Vaccination in the Punjab 1897-1904 - 1897-1904
Year: 1897
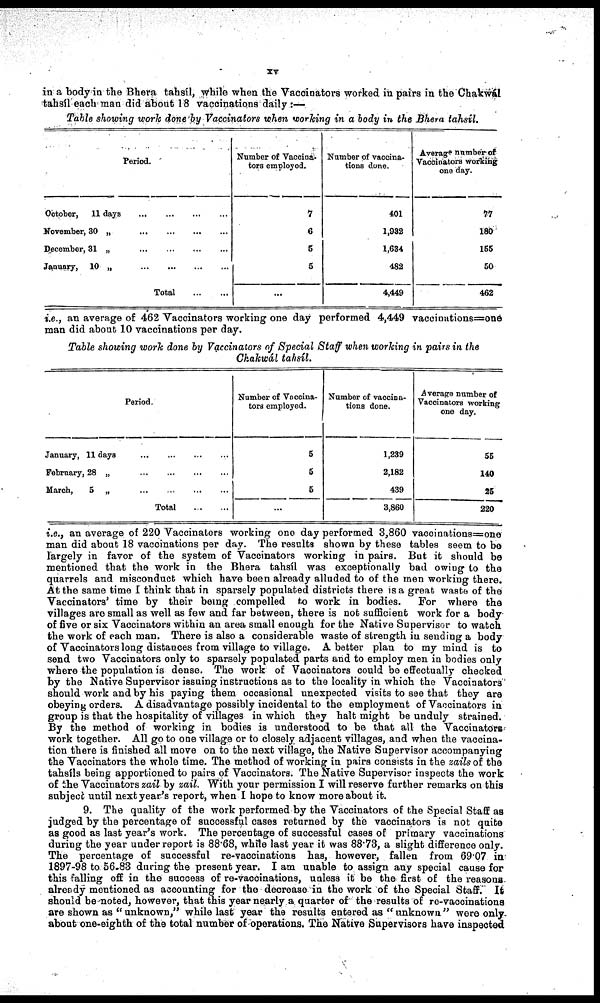
xv
in a body in the Bhera tahsíl, while when the Vaccinators worked in pairs in the Chakwál
tahsíl each man did about 18 vaccinations daily:—
Table showing work done by Vaccinators when working in a body in the Bhera tahsíl.
Period.
October,
11 days
...
...
...
...
November, 30 „
...
...
...
...
December, 31 „
...
...
...
...
January, 10 „
...
...
...
...
Total
...
...
Number of Vaccina-
tors employed.
7
6
5
5
...
Number of vaccina-
tions done.
401
1,932
1,634
482
4,449
Average number of
Vaccinators working
one day.
77
180
155
50
462
i.e., an average of 462 Vaccinators working one day performed 4,449 vaccinations=one
man did about 10 vaccinations per day.
Table showing work done by Vaccinators of Special Staff when working in pairs in the
Chakwál tahsíl.
Period.
January, 11 days
...
...
...
...
February, 28 „
...
...
...
...
March,
5 „
...
...
...
...
Total
...
...
Number of Vaccina-
tors employed.
5
5
5
...
Number of vaccina-
tions done.
1,239
2,182
439
3,860
Average number of
Vaccinators working
one day.
55
140
25
220
i.e., an average of 220 Vaccinators working one day performed 3,860 vaccinations=one
man did about 18 vaccinations per day. The results shown by these tables seem to be
largely in favor of the system of Vaccinators working in pairs. But it should be
mentioned that the work in the Bhera tahsíl was exceptionally bad owing to the
quarrels and misconduct which have been already alluded to of the men working there.
At the same time I think that in sparsely populated districts there is a great waste of the
Vaccinators' time by their being compelled to work in bodies.
For where the
villages are small as well as few and far between, there is not sufficient work for a body
of five or six Vaccinators within an area small enough for the Native Supervisor to watch
the work of each man. There is also a considerable waste of strength in sending a body
of Vaccinators long distances from village to village. A better plan to my mind is to
send two Vaccinators only to sparsely populated parts and to employ men in bodies only
where the population is dense. The work of Vaccinators could be effectually checked
by the Native Supervisor issuing instructions as to the locality in which the Vaccinators
should work and by his paying them occasional unexpected visits to see that they are
obeying orders. A disadvantage possibly incidental to the employment of Vaccinators in
group is that the hospitality of villages in which they halt might be unduly strained.
By the method of working in bodies is understood to be that all the Vaccinators
work together. All go to one village or to closely adjacent villages, and when the vaccina-
tion there is finished all move on to the next village, the Native Supervisor accompanying
the Vaccinators the whole time. The method of working in pairs consists in the zails of the
tahsíls being apportioned to pairs of Vaccinators. The Native Supervisor inspects the work
of the Vaccinators zail by zail. With your permission I will reserve further remarks on this
subject until next year's report, when I hope to know more about it.
9. The quality of the work performed by the Vaccinators of the Special Staff as
judged by the percentage of successful cases returned by the vaccinators is not quite
as good as last year's work. The percentage of successful cases of primary vaccinations
during the year under report is 88.68, while last year it was 88.73, a slight difference only.
The percentage of successful re-vaccinations has, however, fallen from 69.07 in
1897-98 to 56.83 during the present year. I am unable to assign any special cause for
this falling off in the success of re-vaccinations, unless it be the first of the reasons¬
already mentioned as accounting for the decrease in the work of the Special Staff. It
should be noted, however, that this year nearly a quarter of the results of re-vaccinations
are shown as " unknown," while last year the results entered as " unknown" were only
about one-eighth of the total number of operations. The Native Supervisors have inspected